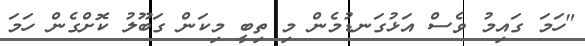
"ހަމަ ގައިމު ވެސް އަޅުގަނޑުމެން މި ތިބީ މިކަން ގަބޫލު ކޮށްގެން ހަމަ